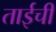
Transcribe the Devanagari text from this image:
ताईची